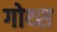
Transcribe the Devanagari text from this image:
गोथ्स